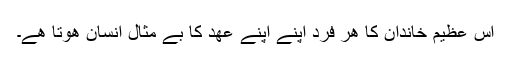
اس عظیم خاندان کا ھر فرد اپنے اپنے عھد کا بے مثال انسان ھوتا ھے۔